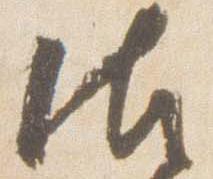
御